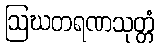
ဩဃတရဏသုတ္တံ